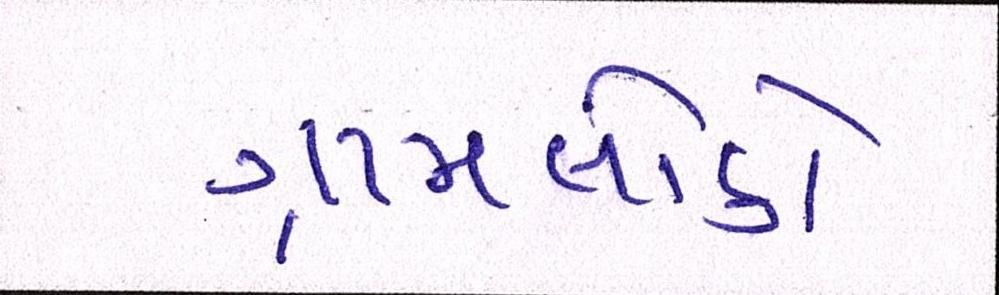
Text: ગ્રામલોકો